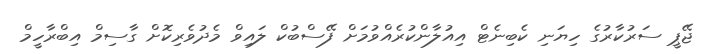
ޖޭޕީ ސަރުކާރުގެ ހިޔަނި ކެބިނެޓް އިއުލާންކުރެއްވުމަށް ފޭސްބުކް ލައިވް މެދުވެރިކޮށް ގާސިމް އިބްރާހީމް